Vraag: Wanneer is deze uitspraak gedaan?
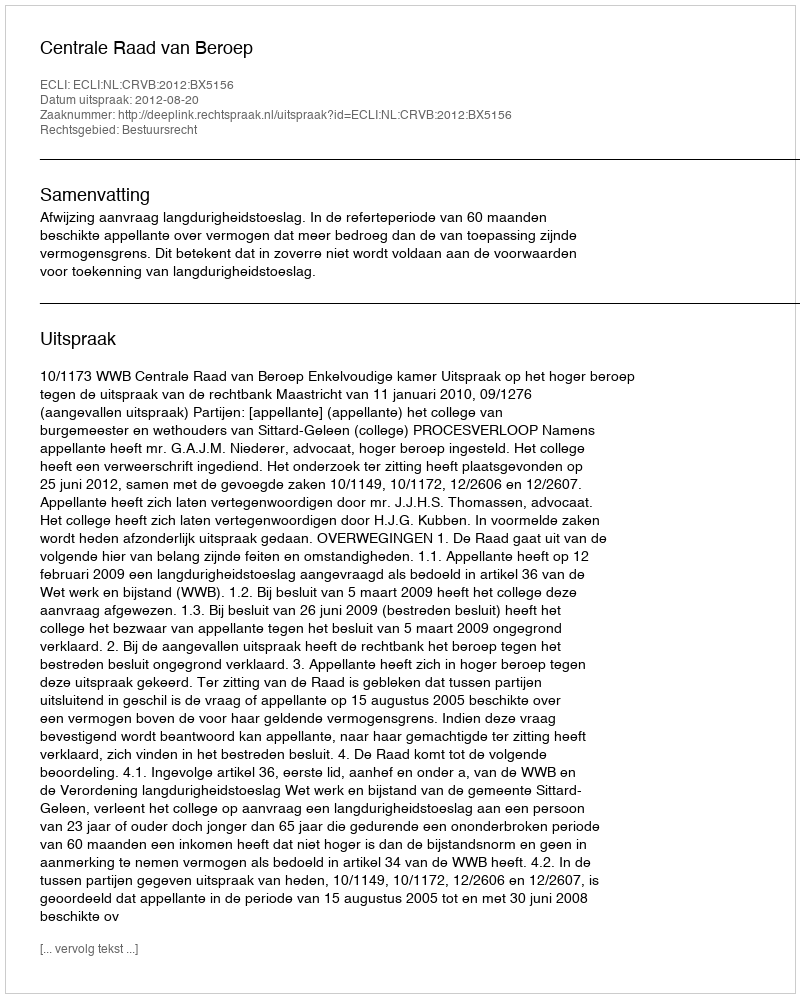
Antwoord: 2012-08-20